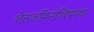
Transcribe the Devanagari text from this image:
शेतजमिनीविषयक